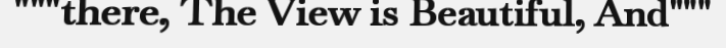
"""there, The View is Beautiful, And"""